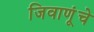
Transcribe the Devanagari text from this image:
जिवाणूंचे